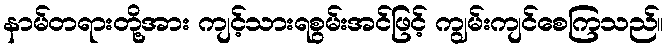
နာမ်တရားတို့အား ကျင့်သားရစွမ်းအင်ဖြင့် ကျွမ်းကျင်စေကြသည်။